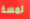
لمسة